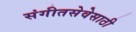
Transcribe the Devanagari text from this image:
संगीतसेवेसाठी